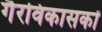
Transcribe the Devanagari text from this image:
गैरविकासकों